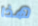
هذا